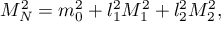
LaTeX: M _ { N } ^ { 2 } = m _ { 0 } ^ { 2 } + l _ { 1 } ^ { 2 } M _ { 1 } ^ { 2 } + l _ { 2 } ^ { 2 } M _ { 2 } ^ { 2 } ,